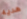
هديه